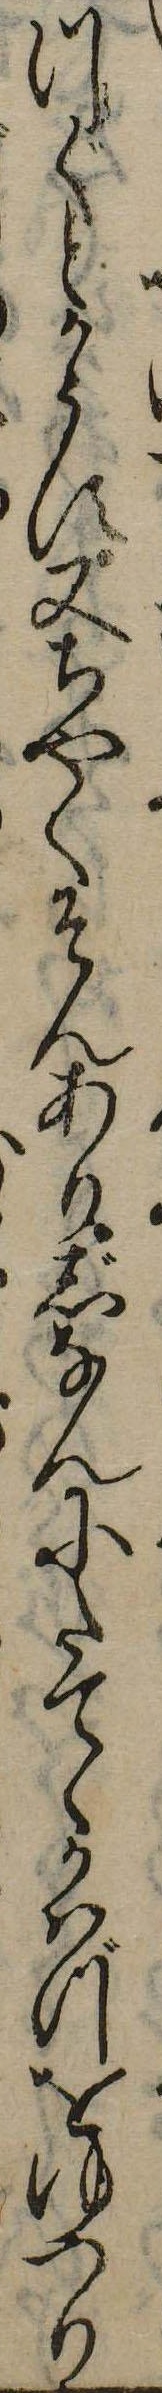
つぐとかうす又ちやくそんありじなんにたてゝかはづをゆつり